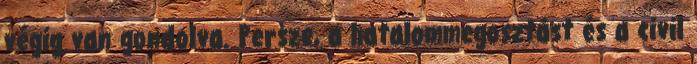
végig van gondolva. Persze, a hatalommegosztást és a civil